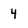
Character: 4